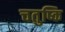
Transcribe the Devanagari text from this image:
चतुष्कि